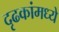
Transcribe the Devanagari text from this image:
दृढकांमध्ये